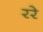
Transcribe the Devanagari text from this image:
ररे